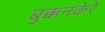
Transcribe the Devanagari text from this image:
बुक्कनकेरे